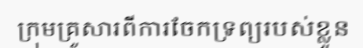
ក្រុមគ្រួសារពីការចែកទ្រព្យរបស់ខ្លួន